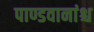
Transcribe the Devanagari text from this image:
पाण्डवानांश्च